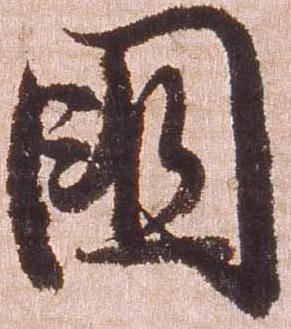
国